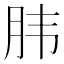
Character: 𮶔